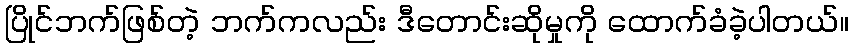
ပြိုင်ဘက်ဖြစ်တဲ့ ဘက်ကလည်း ဒီတောင်းဆိုမှုကို ထောက်ခံခဲ့ပါတယ်။